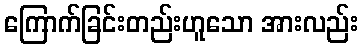
ကြောက်ခြင်းတည်းဟူသော အားလည်း